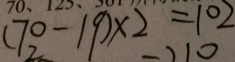
( 7 0 - 1 9 ) \times 2 = 1 0 2